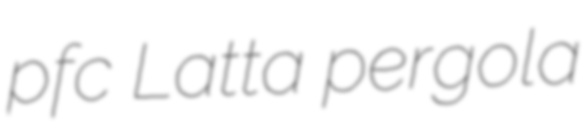
pfc Latta pergola